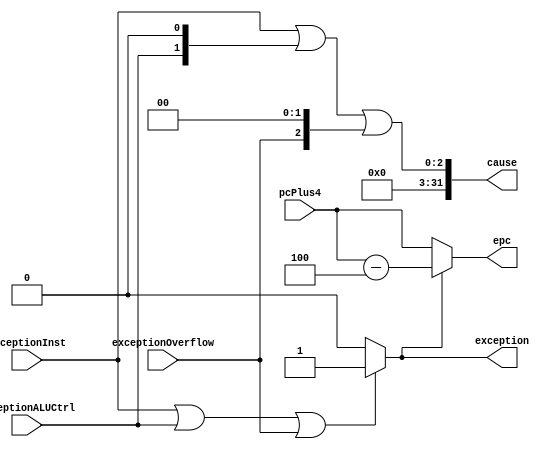
`timescale 1ns / 1ps
//////////////////////////////////////////////////////////////////////////////////
// Company: 
// Engineer: 
// 
// Design Name: 
// Module Name:    detectException 
// Project Name: 
// Target Devices: 
// Tool versions: 
// Description: 
//
// Dependencies: 
//
// Revision: 
// Revision 0.01 - File Created
// Additional Comments: 
//
//////////////////////////////////////////////////////////////////////////////////
module detectException(exception, cause, epc, pcPlus4, exceptionInst, exceptionALUCtrl, exceptionOverflow );
	input exceptionInst, exceptionALUCtrl, exceptionOverflow;
	input [31:0] pcPlus4;
	output wire [31:0] cause, epc;
	output wire exception;
	
	assign exception = (exceptionInst || exceptionALUCtrl || exceptionOverflow) ? 1 : 0;
	assign cause = (exceptionInst | exceptionALUCtrl << 1 | exceptionOverflow << 2);
	assign epc = exception ? pcPlus4 - 4 : pcPlus4;

endmodule